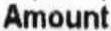
AMOUNT